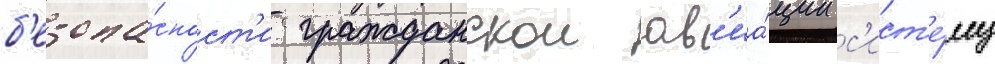
б'езопа́сност'и гражданскои ав'иа́ции с'ист'е́му